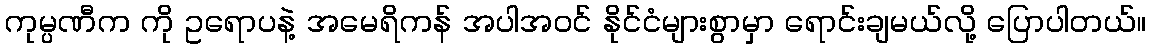
ကုမ္ပဏီက ကို ဥရောပနဲ့ အမေရိကန် အပါအဝင် နိုင်ငံများစွာမှာ ရောင်းချမယ်လို့ ပြောပါတယ်။